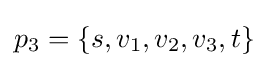
p_{3}=\{s,v_{1},v_{2},v_{3},t\}